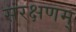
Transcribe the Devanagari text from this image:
संरक्षणम्‌